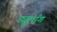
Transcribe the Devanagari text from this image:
ड्यूलाँग